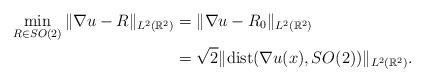
LaTeX: \begin{align*}\min_{R\in SO(2)} \|\nabla u - R\|_{L^2(\mathbb{R}^2)} & =\|\nabla u - R_0\|_{L^2(\mathbb{R}^2)} \\ & = \sqrt{2} \| \mathrm{dist}(\nabla u(x), SO(2))\|_{L^2(\mathbb{R}^2)}.\end{align*}